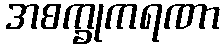
အစက္ခုကရဏာ